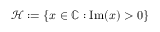
\mathcal { H } : = \{ x \in \mathbb { C } : \operatorname { I m } ( x ) > 0 \}